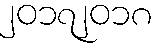
၂၀၁၇၂၀၁၈